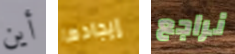
أين إيجادها نراجع